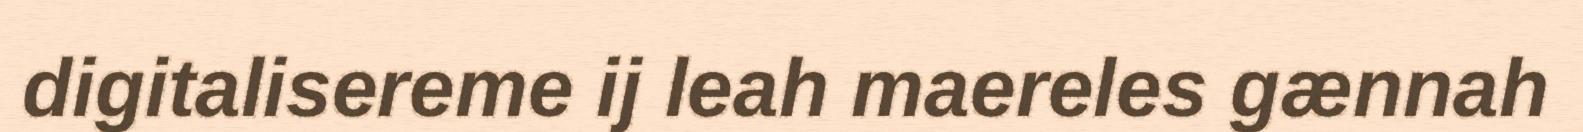
digitalisereme ij leah maereles gænnah